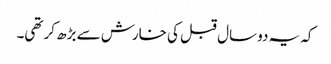
کہ یہ دو سال قبل کی خارش سے بڑھ کر تھی۔